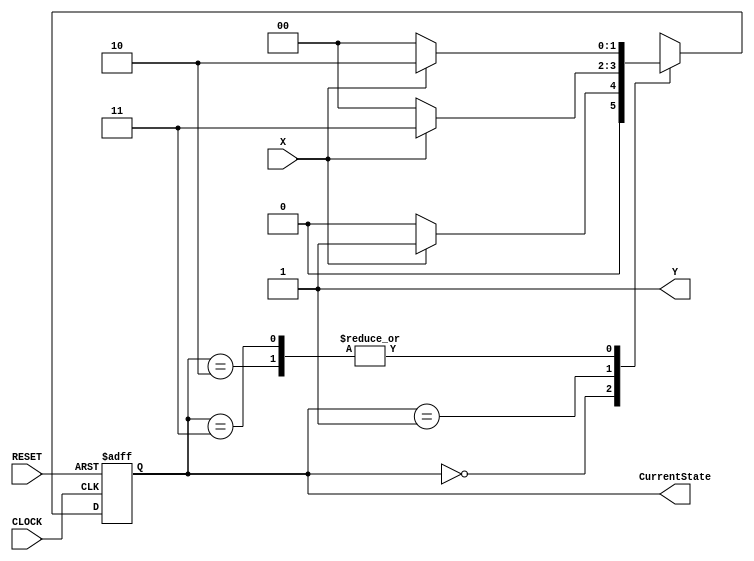
`timescale 1ns / 1ps
//////////////////////////////////////////////////////////////////////////////////
// Company:  Adam LLC
// 
// Design Name:    Moore State Machine
// Module Name:    hw2problem3 
//////////////////////////////////////////////////////////////////////////////////
module hw2problem3(X, Y, RESET, CLOCK, CurrentState);
	input X, RESET, CLOCK;
	output reg Y;
	output reg [1:0] CurrentState;
	reg [1:0] NextState;
	parameter State0 = 2'b00, State1 = 2'b01, State2 = 2'b10, State3 = 2'b11;

	always @ (CurrentState)
		if (CurrentState == State2) Y <= 1;
		else Y <= 1;
	
	always @ (posedge CLOCK or negedge RESET)
		if (RESET == 0) CurrentState <= State0;
		else CurrentState <= NextState;
		
	always @ (CurrentState or X)
		case (CurrentState)
		State0: NextState <= (X == 1) ? State1 : State0;
		State1: NextState <= (X == 1) ? State3 : State0;
		State2: NextState <= (X == 1) ? State2 : State0;
		State3: NextState <= (X == 1) ? State2 : State0;
		endcase
endmodule